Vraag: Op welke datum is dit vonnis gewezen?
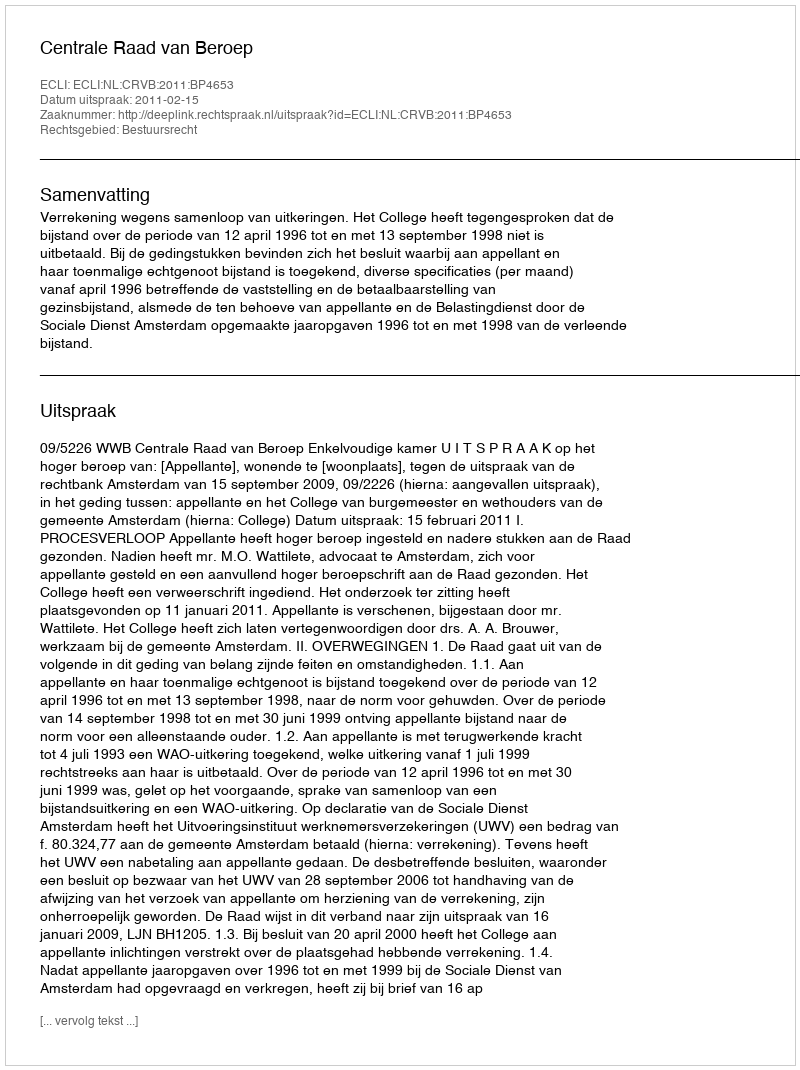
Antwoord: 2011-02-15